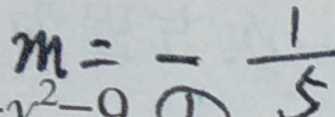
m = - \frac { 1 } { 5 }